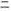
二